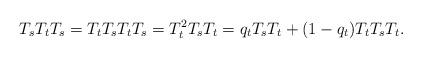
LaTeX: \begin{align*}T_sT_tT_s = T_tT_sT_tT_s = T_t^2T_sT_t = q_t T_sT_t + (1-q_t) T_tT_sT_t.\end{align*}